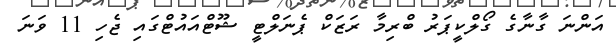
އަންނަ ގާނާގެ ގޯލްކީޕަރު ބްރިމާ ރަޒަކް ޕެނަލްޓީ ޝޫޓްއައުޓްގައި ޖެހި 11 ވަނަ